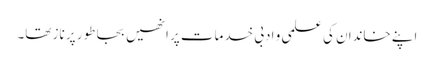
اپنے خاندان کی علمی و ادبی خدمات پر انھیں بجا طور پر ناز تھا۔